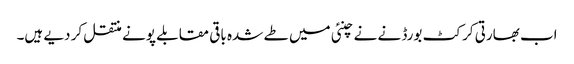
اب بھارتی کرکٹ بورڈ نے نے چنئی میں طے شدہ باقی مقابلے پونے منتقل کر دیے ہیں۔